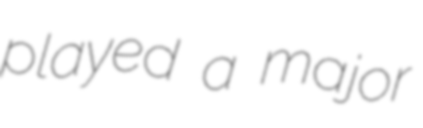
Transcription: played a major